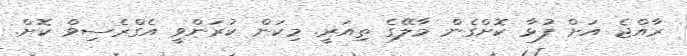
ރާއްޖެ އަށް ފުޅާ ކޮށްގެން މާލޭގެ ތިއަރީ. މިކަން ކުރަންވީ އެގްރެސިވް ކޮށް.